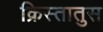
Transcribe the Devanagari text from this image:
क्रिस्‍तातुस